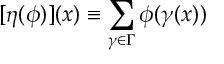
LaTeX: [ \eta ( { \phi } ) ] ( x ) \equiv \sum _ { \gamma \in \Gamma } \phi ( \gamma ( x ) )